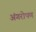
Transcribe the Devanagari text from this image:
अंगरोपण